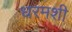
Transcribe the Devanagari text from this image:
धरमशी